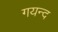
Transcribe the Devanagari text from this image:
गयन्द